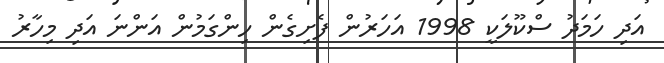
އަދި ހަމަދު ސްކޫލަކީ 1998 އަހަރުން ފެށިގެން ހިންގަމުން އަންނަ އަދި މިހާރު